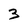
Character: 3